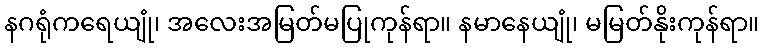
နဂရုံကရေယျုံ၊ အလေးအမြတ်မပြုကုန်ရာ။ နမာနေယျုံ၊ မမြတ်နိုးကုန်ရာ။